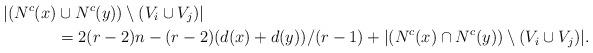
LaTeX: \begin{align*}|(N^c(x)&\cup N^c(y))\setminus (V_i\cup V_j)|\\&=2(r-2)n-(r-2)(d(x)+d(y))/(r-1)+|(N^c(x)\cap N^c(y))\setminus(V_i\cup V_j)|.\end{align*}